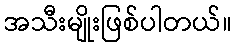
အသီးမျိုးဖြစ်ပါတယ်။